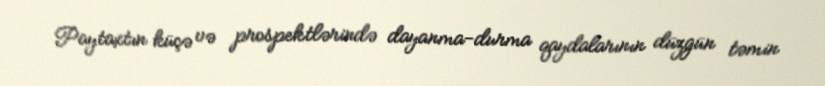
Paytaxtın küçə və prospektlərində dayanma-durma qaydalarının düzgün təmin